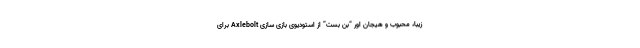
زیبا، محبوب و هیجان اور “بن بست” از استودیوی بازی سازی Axlebolt برای